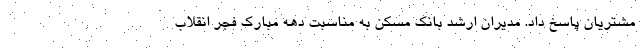
مشتریان پاسخ داد. مدیران ارشد بانک مسکن به مناسبت دهه مبارک فجر انقلاب